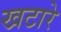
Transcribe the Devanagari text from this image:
खटारे